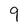
Character: 9